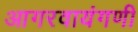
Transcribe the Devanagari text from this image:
आगरवायंगणी